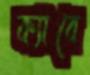
ক্যাবে